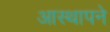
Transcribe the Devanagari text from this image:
आस्थापने